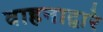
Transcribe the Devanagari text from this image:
वाहनाद्वारे